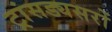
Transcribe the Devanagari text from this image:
ट्रांसड्यसरों